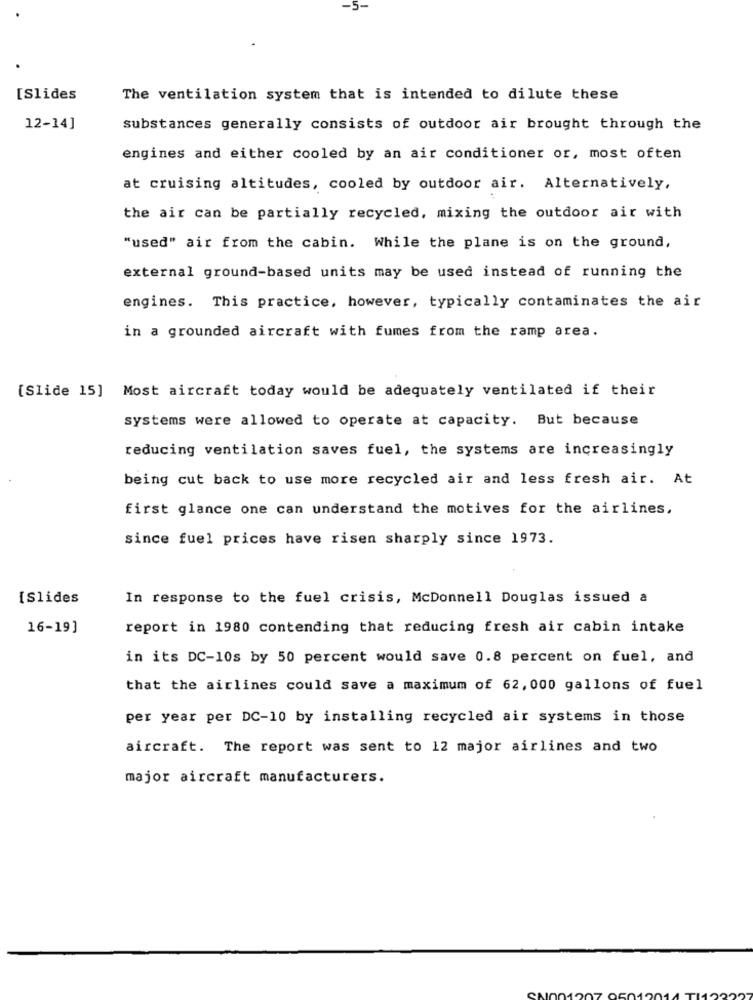
-5-
[Slides
The ventilation system that is intended to dilute these
12-14]
substances generally consists of outdoor air brought through the
engines and either cooled by an air conditioner or, most often
at cruising altitudes, cooled by outdoor air. Alternatively,
the air can be partially recycled, mixing the outdoor air with
"used" air from the cabin. While the plane is on the ground,
external ground-based units may be used instead of running the
engines. This practice, however, typically contaminates the air
in a grounded aircraft with fumes from the ramp area.
[Slide 15] Most aircraft today would be adequately ventilated if their
systems were allowed to operate at capacity. But because
reducing ventilation saves fuel, the systems are increasingly
being cut back to use more recycled air and less fresh air. At
first glance one can understand the motives for the airlines,
since fuel prices have risen sharply since 1973.
{Slides
In response to the fuel crisis, McDonnell Douglas issued a
16-19]
report in 1980 contending that reducing fresh air cabin intake
in its DC-10s by 50 percent would save 0.8 percent on fuel, and
that the airlines could save a maximum of 62, 000 gallons of fuel
per year per DC-10 by installing recycled air systems in those
aircraft. The report was sent to 12 major airlines and two
major aircraft manufacturers.